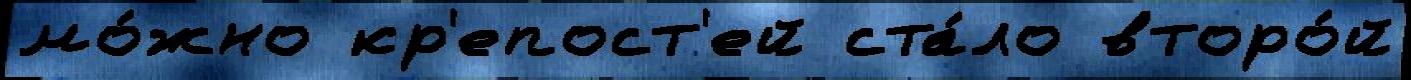
мо́жно кр'епост'ей ста́ло второ́й